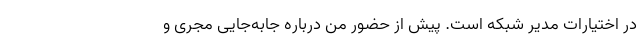
در اختیارات مدیر شبکه است. پیش از حضور من درباره جا‌به‌جایی مجری و